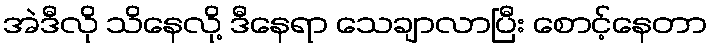
အဲဒီလို သိနေလို့ ဒီနေရာ သေချာလာပြီး စောင့်နေတာ